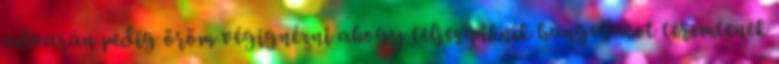
udvarán pedig öröm végignézni ahogy teljes piknik hangulatot teremtenek